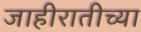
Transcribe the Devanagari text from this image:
जाहीरातीच्या